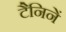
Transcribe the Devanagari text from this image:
टैनिनें